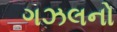
ગઝલનો